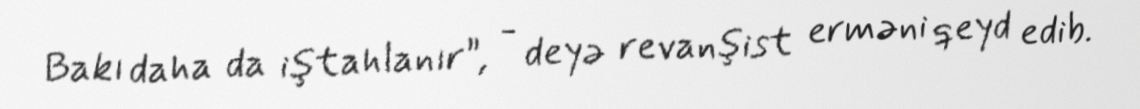
Bakı daha da iştahlanır”, - deyə revanşist erməni qeyd edib.